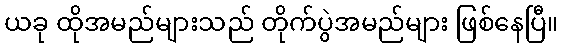
ယခု ထိုအမည်များသည် တိုက်ပွဲအမည်များ ဖြစ်နေပြီ။